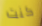
كنت